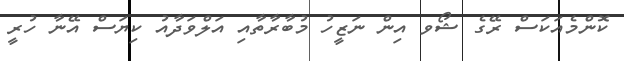
ކޮންމެއަކަސް ރޭގެ ޝޯވ އިން ނަޒީހު މުބާރާތާއި އަލްވަދާއު ކިޔަސް އޭނާ ހުރީ